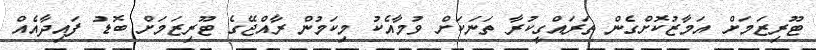
ޓޫރިޒަމަށް އަމާޒުކޮށްގެން ތަރައްގީކުރާ ތަނަކަށް ވުމާއެކު މިކަމުން ރާއްޖޭގެ ޓޫރިޒަމަށް ބޮޑު ފައިދާއެއް